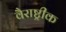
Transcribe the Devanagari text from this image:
वैराष्ट्रीक